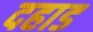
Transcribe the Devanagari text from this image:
दहाड